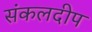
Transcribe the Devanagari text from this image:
संकलदीप